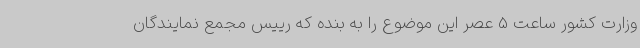
وزارت کشور ساعت 5 عصر این موضوع را به بنده که رییس مجمع نمایندگان